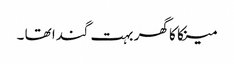
مینکا کا گھر بہت گندا تھا ۔